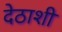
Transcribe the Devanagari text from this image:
देठाशी